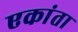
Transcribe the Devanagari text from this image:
एकांता